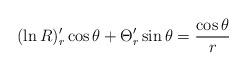
LaTeX: \begin{align*}(\ln R)'_r\cos \theta +\Theta '_r\sin \theta =\frac{\cos \theta }{r} \end{align*}